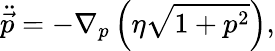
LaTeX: \ddot{\vec{p}}=-\nabla_{p}\left(\eta\sqrt{1+p^{2}}\right),